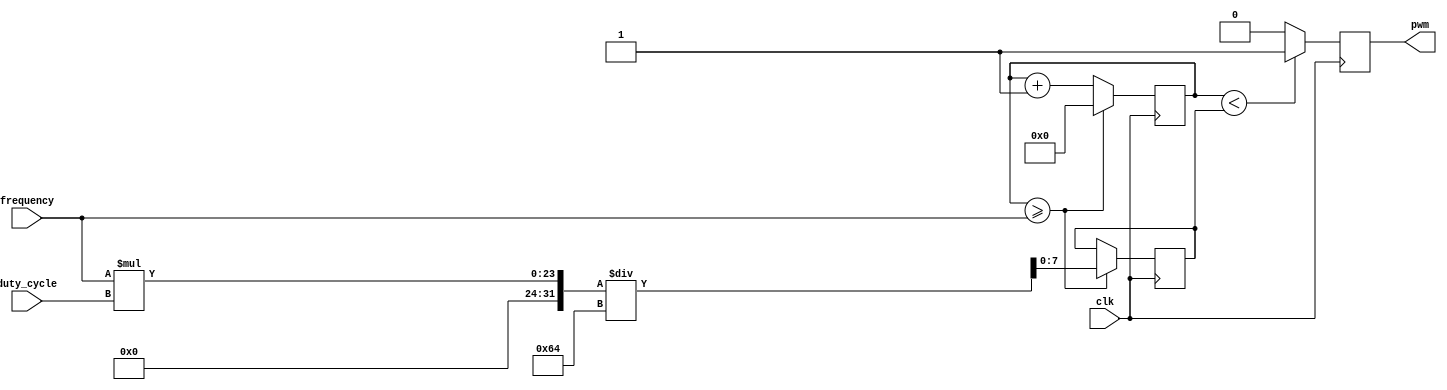
module pwm_generator (
  input wire clk,
  input wire [7:0] duty_cycle,
  input wire [15:0] frequency,
  output reg pwm
);

reg [15:0] counter;
reg [7:0] threshold;

always @(posedge clk) begin
  counter <= counter + 1;

  if (counter >= frequency) begin
    counter <= 0;
    threshold <= (frequency * duty_cycle) / 100;
  end
  
  if (counter < threshold) begin
    pwm <= 1'b1;
  end else begin
    pwm <= 1'b0;
  end
end

endmodule